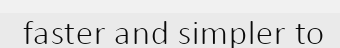
faster and simpler to